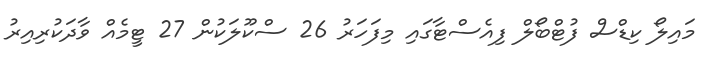
މައިލޯ ކިޑްސް ފުޓްބޯލް ފިއެސްޓާގައި މިފަހަރު 26 ސްކޫލަކުން 27 ޓީމެއް ވާދަކުރިއިރު